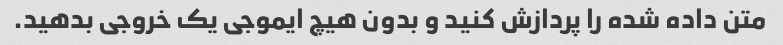
متن داده شده را پردازش کنید و بدون هیچ ایموجی یک خروجی بدهید.